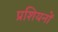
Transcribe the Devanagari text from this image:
प्रशियनों